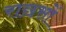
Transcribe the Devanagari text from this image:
राछसों